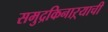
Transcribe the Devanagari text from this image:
समुद्रकिनाऱ्याची